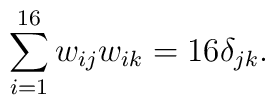
\sum_{i=1}^{16} w_{ij} w_{ik} = 16 \delta_{jk}.